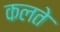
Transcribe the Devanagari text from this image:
कलते